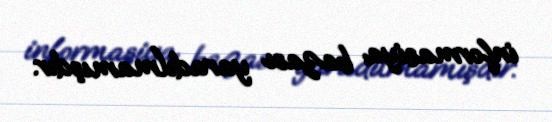
informasiya bazası yaradılmamışdır.